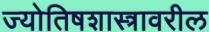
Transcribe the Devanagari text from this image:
ज्योतिषशास्त्रावरील